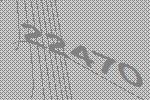
22470